Scottish Leaving Certificate Examination, 1960
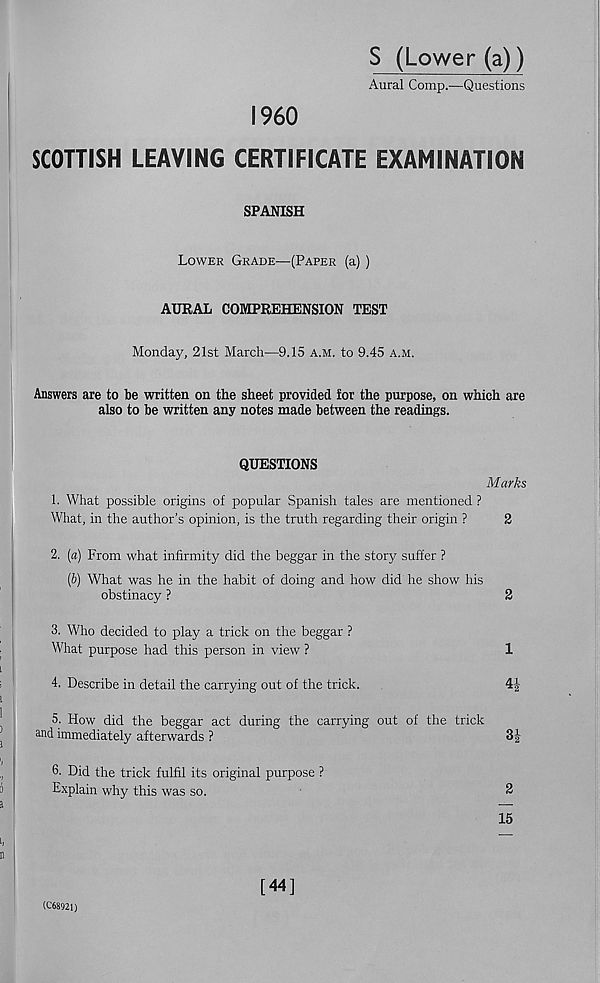
S (Lower (a))
Aural Comp.—Questions
I960
SCOTTISH LEAVING CERTIFICATE EXAMINATION
SPANISH
Lower Grade—(Paper (a) )
AURAL COMPREHENSION TEST
Monday, 21st March—9.15 a.m. to 9.45 a.m.
Answers are to be written on the sheet provided for the purpose, on which are
also to be written any notes made between the readings.
.
QUESTIONS
1. What possible origins of popular Spanish tales are mentioned ?
What, in the author’s opinion, is the truth regarding their origin ?
2. (a) From what infirmity did the beggar in the story suffer ?
(6) What was he in the habit of doing and how did he show his
obstinacy ?
3. Who decided to play a trick on the beggar ?
What purpose had this person in view ?
4. Describe in detail the carrying out of the trick.
5. How did the beggar act during the carrying out of the trick
and immediately afterwards ?
6. Did the trick fulfil its original purpose ?
Explain why this was so.
Marks
2
15
(C68921)
[44]